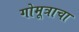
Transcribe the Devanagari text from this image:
गोमूत्राचा